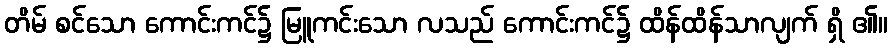
တိမ် စင်သော ကောင်းကင်၌ မြူကင်းသော လသည် ကောင်းကင်၌ ထိန်ထိန်သာလျက် ရှိ ၏။